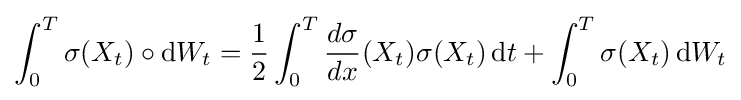
\int _{0}^{T}\sigma (X_{t})\circ \mathrm {d} W_{t}={\frac {1}{2}}\int _{0}^{T}{\frac {d\sigma }{dx}}(X_{t})\sigma (X_{t})\,\mathrm {d} t+\int _{0}^{T}\sigma (X_{t})\,\mathrm {d} W_{t}